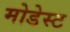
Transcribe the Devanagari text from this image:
मोडेस्ट